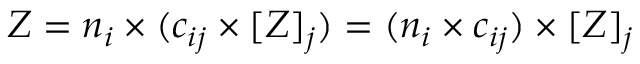
Z = n _ { i } \times ( c _ { i j } \times [ Z ] _ { j } ) = ( n _ { i } \times c _ { i j } ) \times [ Z ] _ { j }